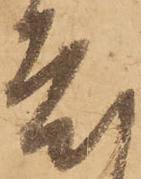
度